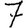
Digit: 7